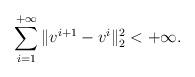
LaTeX: \begin{align*}\sum_{i=1}^{+\infty}\|v^{i+1}-v^i\|_2^2<+\infty.\end{align*}